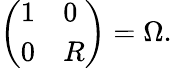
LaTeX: \left(\begin{array}{ll}{1}&{0}\\ {0}&{R}\end{array}\right)=\Omega.